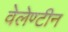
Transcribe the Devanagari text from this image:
वेलेण्टीन